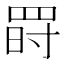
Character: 𦋂